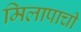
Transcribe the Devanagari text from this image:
मिलापाची